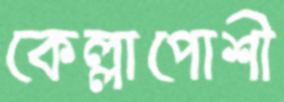
কেল্লাপোশী